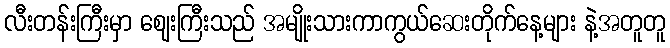
လီးတန်းကြီးမှာ ဈေးကြီးသည် အမျိုးသားကာကွယ်ဆေးတိုက်နေ့များ နဲ့အတူတူ